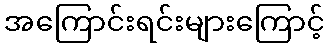
အကြောင်းရင်းများကြောင့်